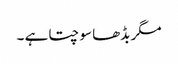
مگر بڈھا سوچتا ہے ۔